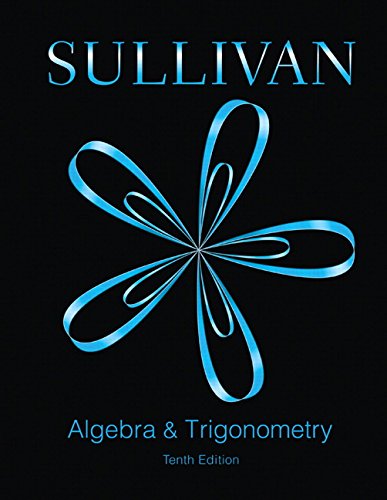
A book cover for Algebra and Trigonometry (10th Edition); Michael Sullivan; Science & Math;